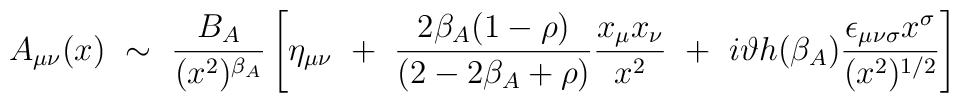
A_{\mu\nu}(x) ~\sim~ \frac{B_A}{(x^2)^{\beta_A}} \left[ \eta_{\mu\nu} ~+~\frac{2\beta_A(1-\rho)}{(2-2\beta_A+\rho)} \frac{x_\mu x_\nu}{x^2} ~+~i \vartheta h(\beta_A) \frac{\epsilon_{\mu\nu\sigma} x^\sigma}{(x^2)^{1/2}}\right]